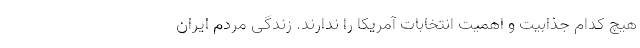
هیچ کدام جذابیت و اهمیت انتخابات آمریکا را ندارند. زندگی مردم ایران